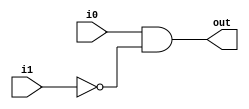
module encoder2bit(i0,i1,out);
	input i0,i1;
	output out;
	
	assign out = (i0 & ~i1);
	
endmodule